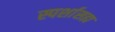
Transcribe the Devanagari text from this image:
स्पर्शासह्य